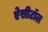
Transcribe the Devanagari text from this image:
ऐसीटॉल